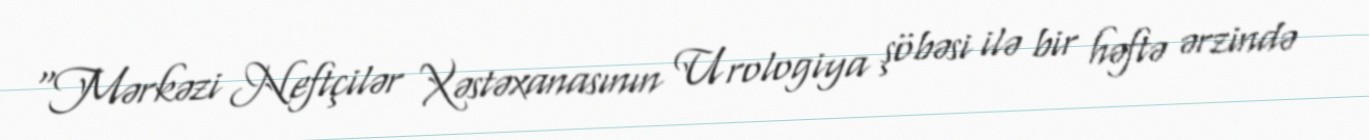
“Mərkəzi Neftçilər Xəstəxanasının Urologiya şöbəsi ilə bir həftə ərzində